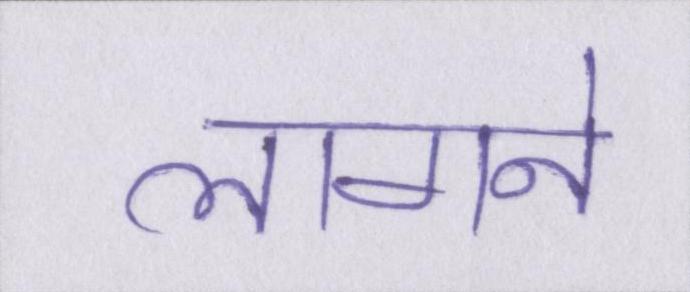
लागने